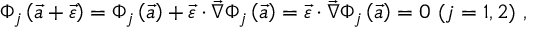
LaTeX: \Phi _ { j } \left( \vec { a } + \vec { \varepsilon } \right) = \Phi _ { j } \left( \vec { a } \right) + \vec { \varepsilon } \cdot \vec { \nabla } \Phi _ { j } \left( \vec { a } \right) = \vec { \varepsilon } \cdot \vec { \nabla } \Phi _ { j } \left( \vec { a } \right) = 0 ~ ( j = 1 , 2 ) \ ,